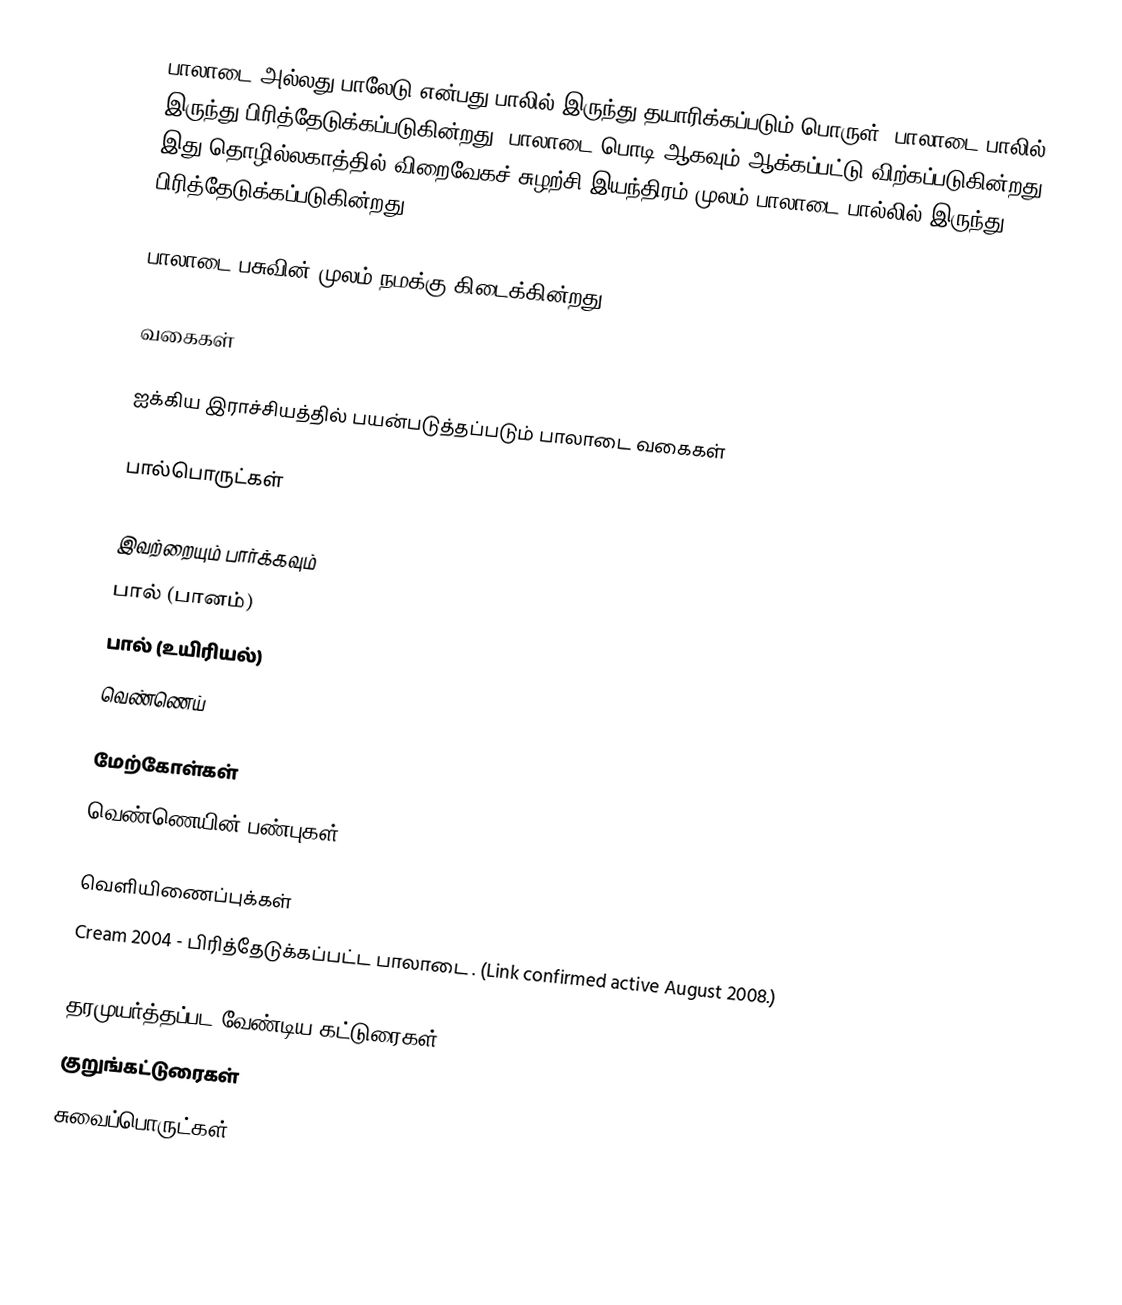
பாலாடை அல்லது பாலேடு என்பது பாலில் இருந்து தயாரிக்கப்படும் பொருள். பாலாடை பாலில் இருந்து பிரித்தேடுக்கப்படுகின்றது. பாலாடை பொடி ஆகவும் ஆக்கப்பட்டு விற்கப்படுகின்றது. இது தொழில்லகாத்தில் விறைவேகச் சுழற்சி இயந்திரம் முலம் பாலாடை பால்லில் இருந்து பிரித்தேடுக்கப்படுகின்றது.

பாலாடை பசுவின் முலம் நமக்கு கிடைக்கின்றது.

வகைகள்

ஐக்கிய இராச்சியத்தில் பயன்படுத்தப்படும் பாலாடை வகைகள்

பால்பொருட்கள்

இவற்றையும் பார்க்கவும்
 பால் (பானம்)
 பால் (உயிரியல்)
 வெண்ணெய்

மேற்கோள்கள்
 வெண்ணெயின் பண்புகள்

வெளியிணைப்புக்கள்
 Cream 2004 - பிரித்தேடுக்கப்பட்ட பாலாடை . (Link confirmed active August 2008.)

தரமுயர்த்தப்பட வேண்டிய கட்டுரைகள்
குறுங்கட்டுரைகள்
சுவைப்பொருட்கள்